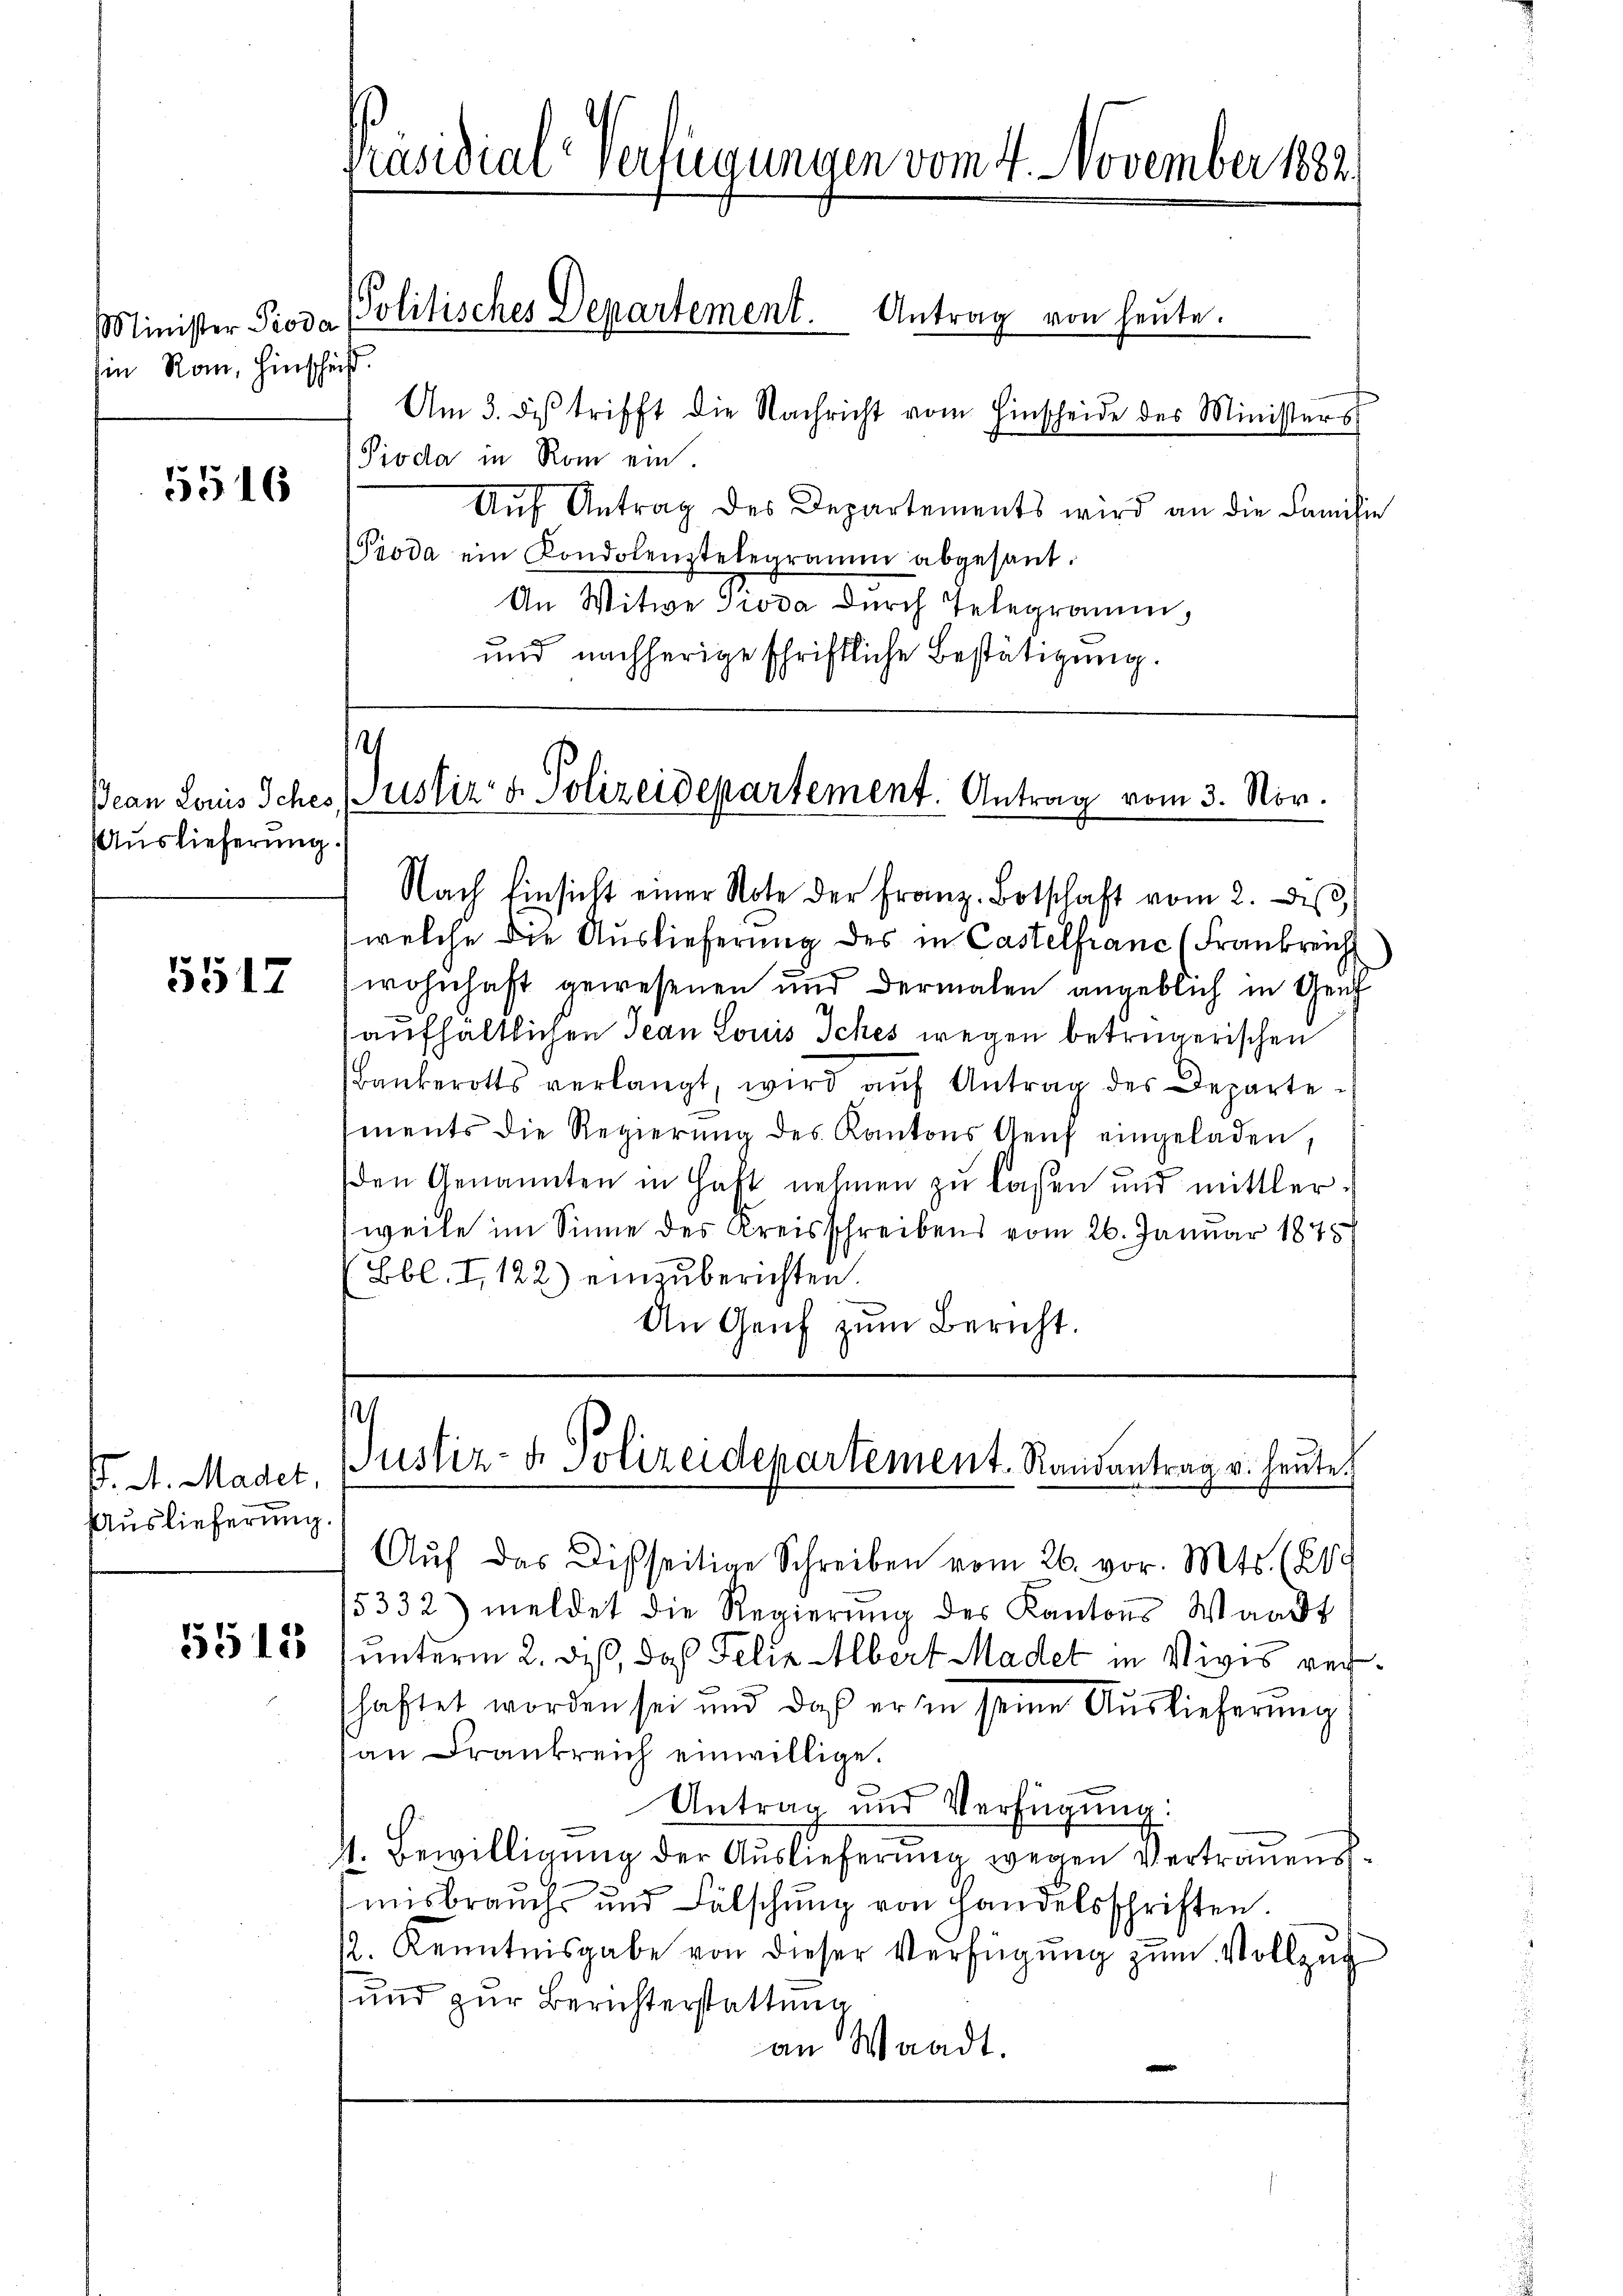
Minister Pioda
hen Rau, Hinschrift

5516

Bean Louis Sches
Auslieferung.

5517

. A. Madet
Auslieferung.

5515

Am 3. des trifft die Nachricht vom Hinscheide des Ministers
Pioda in Rom ein
Aŭf Antrag des Departements wird an die Familie
Pioda ein Kondolenztelegramm abgesant.
An Witwe Pioda durch Telegramm,
und nachherige schriftliche Bestätigung.

räsidial-Verfügungen vom 4. November 1882.

Politisches Departement. Antrag von heute.

¬
justiz & Polizeidepartement. Antrag vom 3. Nov.

s
Justiz- & Polizeidepartement. Randantrag v. heute.

Nach Einsicht einer Note der Franz. Botschaft vom 2. diβ,
welche die Auslieferung des in Castelfranc (Frankreich
wohnhaft gewesenen und dermalen angeblich in Gen
aufhaltlichen Jean Louis Iches wegen betrügerischen
Bankerotts verlangt, wird aŭf Antrag des Departements die Regierŭng des Kantons Aeuf eingeladen,
den Genannten in Haft nehmen zu lassen und mittlerweile im Sinne des Kreisschreibens vom 26. Januar 1848
Bbl. I, 122) einzuberichten.
An Genf zum Bericht.

Aŭf das Disseitige Schreiben vom 26. vor. Mts. (289
5332) meldet die Regierŭng des Kantons Waadt
unterm 2. des, daß Felix Albert Madet in Vivis reshaftet worden sei und daß er in seine Auslieferung
an Frankreich einwillige.
Antrag und Verfügung:
4. Bewilligung der Auslieferung wegen Vertrauens¬
Innsbrauchs und Fälschŭng von Handelsschriften.
2. Kenntnisgabe von dieser Verfügung zum Vollzug
und zur Berichterstattung
an Waadt.